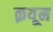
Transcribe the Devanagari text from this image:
क़यूम